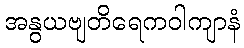
အနွယဗျတိရေကဝါကျာနံ